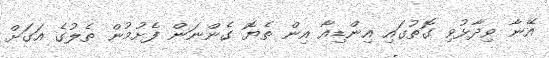
އޭނާ ވިދާޅުވި ގޮތުގައި އިންޑިއާ އިން ތެޔޮ ގެންނަން ފެށުމުން ތެލުގެ އަގަށް